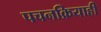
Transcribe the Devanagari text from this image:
पचनक्रियाही